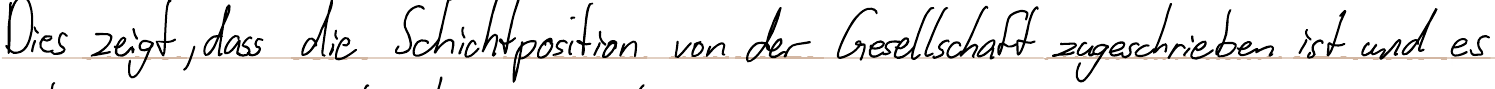
Dies zeigt, dass die Schichtposition von der Gesellschaft zugeschrieben ist und es